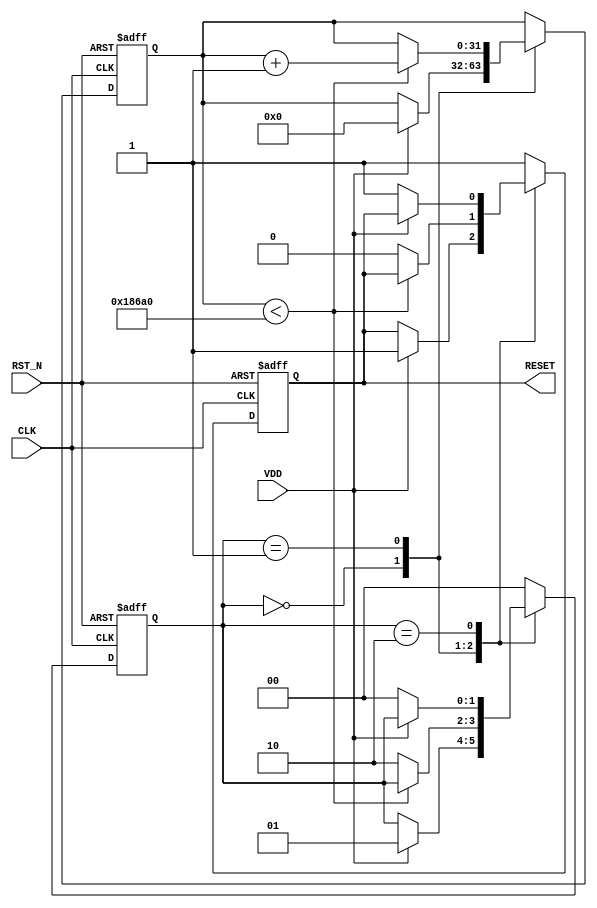
module PowerOnReset (
    input wire VDD,       // Power supply voltage
    input wire CLK,       // Clock signal
    input wire RST_N,     // Active low external reset signal
    output reg RESET      // Active high reset signal
);

    // Parameters for timing
    parameter POWER_ON_RESET_DELAY = 100000; // Example delay in clock cycles
    parameter DEBOUNCE_TIME = 1000;           // Optional debounce time

    // State declaration
    reg [1:0] state;
    localparam IDLE = 2'b00, ASSERT = 2'b01, DEASSERT = 2'b10;

    // Counter for the reset delay
    reg [31:0] counter; // Assuming a 32-bit counter

    // Initial state
    initial begin
        RESET = 1'b1; // Assert reset on power-up
        state = IDLE;
        counter = 32'b0;
    end

    // Main process
    always @(posedge CLK or negedge RST_N) begin
        if (!RST_N) begin
            // If external reset is asserted, hold RESET high
            RESET <= 1'b1;
            state <= IDLE;
            counter <= 32'b0;
        end else begin
            case (state)
                IDLE: begin
                    if (VDD) begin
                        // Power is applied, assert reset
                        RESET <= 1'b1;
                        counter <= 32'b0; // Reset counter
                        state <= ASSERT;
                    end
                end
                
                ASSERT: begin
                    // Increment counter to track delay
                    if (counter < POWER_ON_RESET_DELAY) begin
                        counter <= counter + 1;
                    end else begin
                        // Delay period is over, deassert reset if VDD remains high
                        RESET <= 1'b0;
                        state <= DEASSERT;
                    end
                end

                DEASSERT: begin
                    // Keep RESET low as long as VDD is high
                    if (!VDD) begin
                        // If power drops, assert reset again
                        RESET <= 1'b1;
                        state <= IDLE;
                    end
                end

                default: begin
                    RESET <= 1'b1;
                    state <= IDLE;
                end
            endcase
        end
    end

endmodule